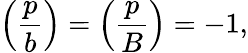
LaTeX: \left({\frac{p}{b}}\right)=\left({\frac{p}{B}}\right)=-1,